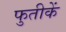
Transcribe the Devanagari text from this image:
फुतीकें